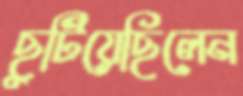
ছুটিয়েছিলেন